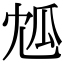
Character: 𤫯